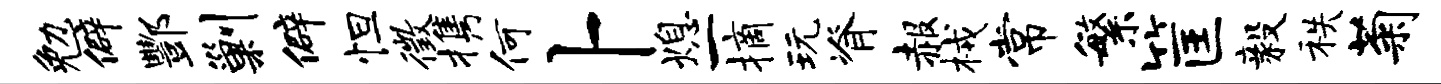
勉僻酆剿僻怛徵携何卜熄一摘玩脊赧械常繁筐毅秩菊